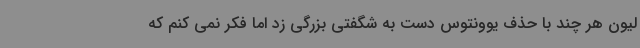
لیون هر چند با حذف یوونتوس دست به شگفتی بزرگی زد اما فکر نمی کنم که